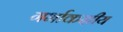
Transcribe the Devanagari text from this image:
गर्भाकक्षीय